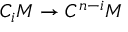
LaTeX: C _ { i } M \to C ^ { n - i } M